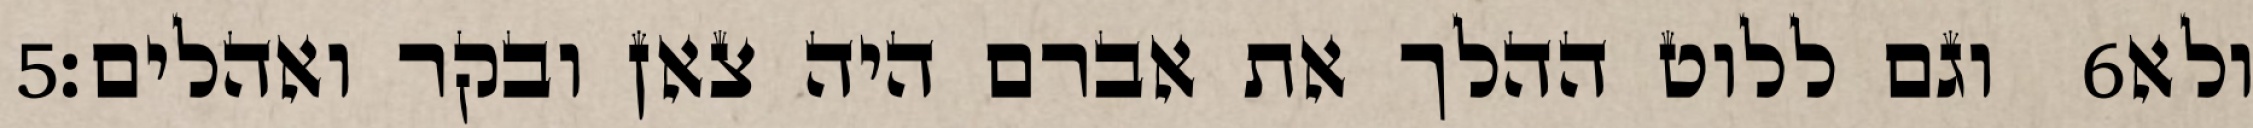
‎5‏ וגם ללוט ההלך את אברם היה צאן ובקר ואהלים׃ ‎6‏ ולא